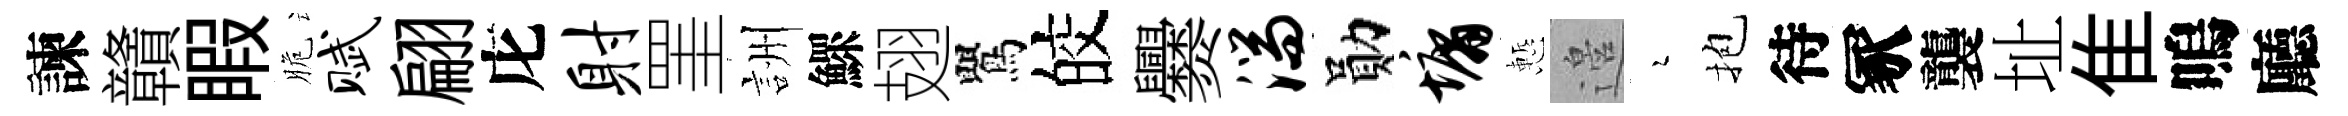
諫贛睱脆赋翩庀射罣詶鰥翅鸎皎爨湍勛墉慙邉瑟抱待冢襲址隹嗚廳